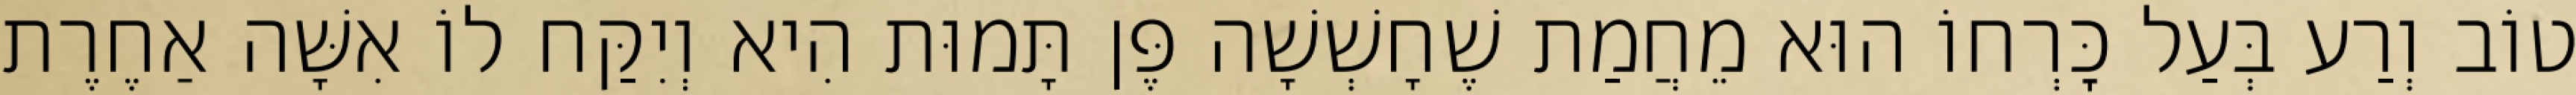
טוֹב וְרַע בְּעַל כׇּרְחוֹ הוּא מֵחֲמַת שֶׁחָשְׁשָׁה פֶּן תָּמוּת הִיא וְיִקַּח לוֹ אִשָּׁה אַחֶרֶת